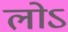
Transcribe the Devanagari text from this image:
लोऽ